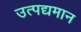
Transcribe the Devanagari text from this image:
उत्पद्यमान